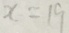
x = 1 9